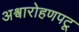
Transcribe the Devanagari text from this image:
अश्वारोहणपटू